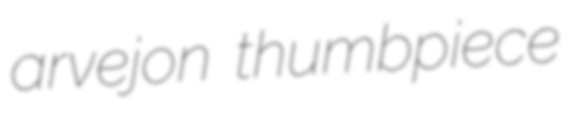
arvejon thumbpiece